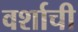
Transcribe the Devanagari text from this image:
वर्शाची